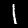
Digit: 1